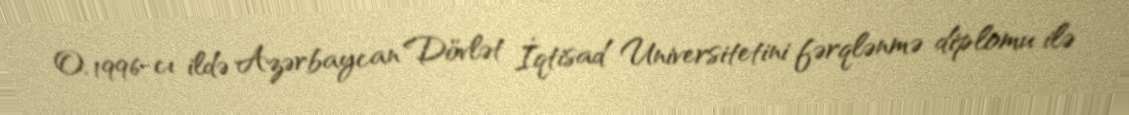
O, 1996-cı ildə Azərbaycan Dövlət İqtisad Universitetini fərqlənmə diplomu ilə